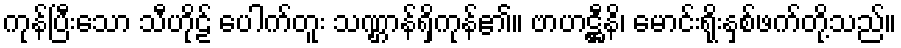
ကုန်ပြီးသော သီဟိုဠ် ပေါက်တူး သဏ္ဌာန်ရှိကုန်၏။ ဗာဟဋ္ဌီနိ၊ မောင်းရိုးနှစ်ဖက်တို့သည်။